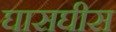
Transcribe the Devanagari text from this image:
घासघीस